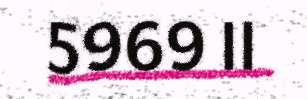
5969 II